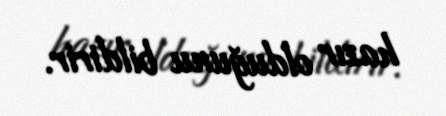
hazır olduğunu bildirir.